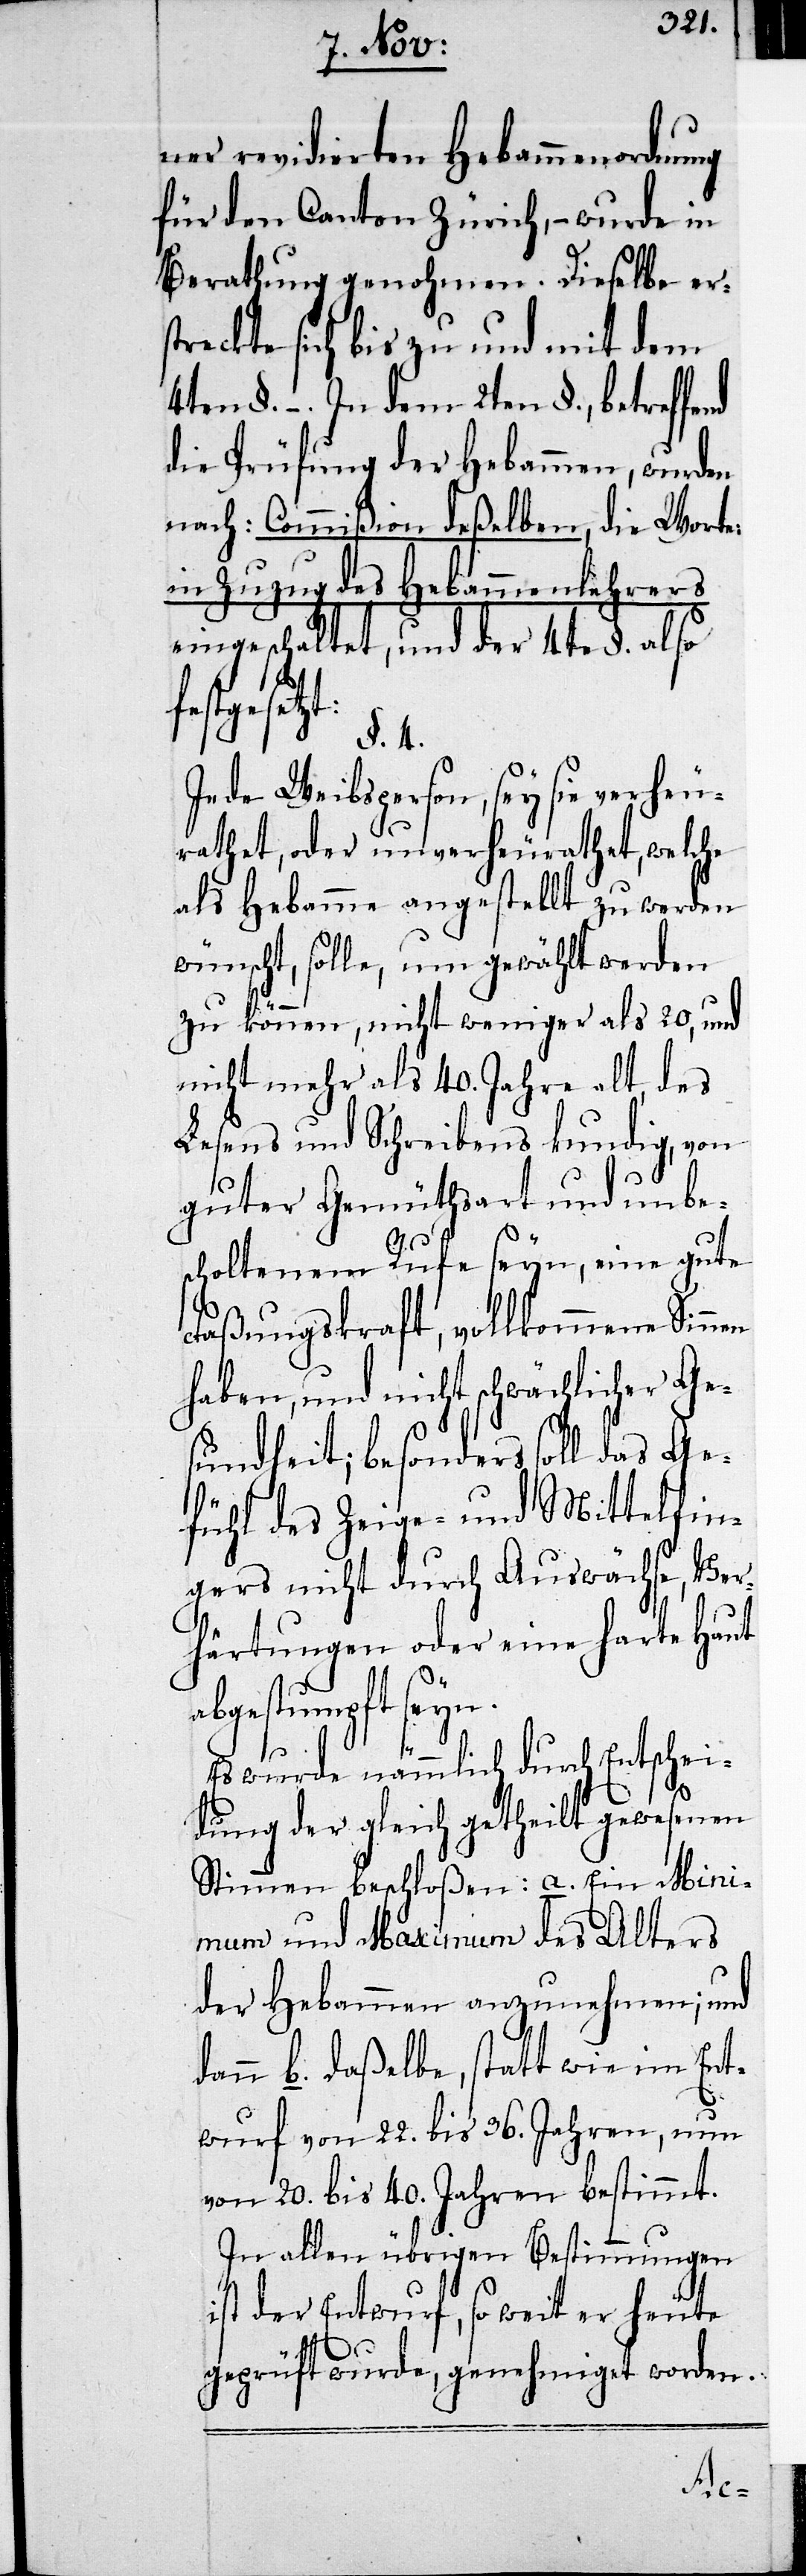
ner revidierten Hebammenordnung
für den Canton Zürich, – wurde in
Berathung genohmen. Dieselbe ers¬
treckte sich bis zu und mit dem
4ten §. –. In dem 2ten §., betreffend
die Prüfung der Hebammen, wurden
nach: Commißion deßelben, die Worte:
in Zuzug des Hebammenlehrers
eingeschaltet, und der 4te §. also
gesetzt:
§. 4.
Jede Weibsperson, sey sie verheu¬
rathet, oder unverheurathet, welche
als Hebamme angestellt zu werden
wünscht, solle, um gewählt werden
zu können, nicht weniger als 20, und
nicht mehr als 40. Jahre alt, des
Lesens und Schreibens kundig, von
guter Gemüthsart und unbes¬
choltenem Rufe seyn, eine gute
Faßungskraft, vollkommene Sin¬
haben, und nicht schwächlicher Ge¬
sundheit; besonders soll das Ge¬
fühl des Zeige- und Mittelfin¬
gers nicht durch Auswächse, Ver¬
härtungen oder eine harte Haut
abgestumpft seyn.
Es wurde nämmlich durch Entschei¬
dung der gleich getheilt gewesenen
Stimmen beschloßen: a. Ein Mini¬
mum und Maximum des Alters
der Hebammen anzunehmen; und
dann b. daßelbe, statt wie im Ent¬
wurf von 22. bis 36. Jahren, nun
von 20. bis 40. Jahren bestimmt.
In allen übrigen Bestimmungen
ist der Entwurf, so weit er heute
geprüft wurde, genehmiget worden.
nen